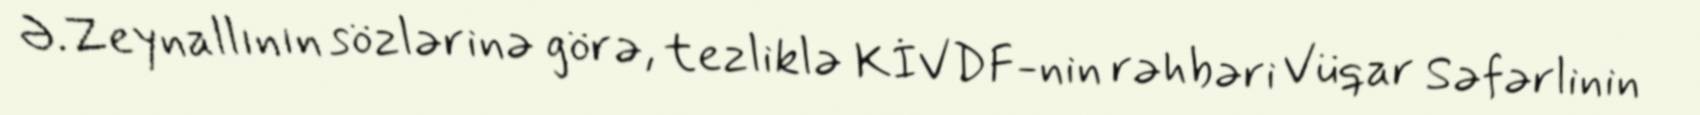
Ə.Zeynallının sözlərinə görə, tezliklə KİVDF-nin rəhbəri Vüqar Səfərlinin